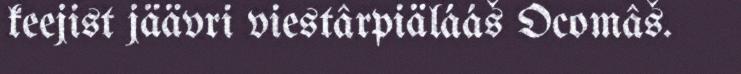
keejist jäävri viestârpiälááš Ocomâš.